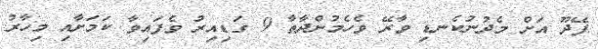
ފޭދޫ އަށް މެދުނުކެނޑި ވާރޭ ވެހެމުންދާތާ 9 ގަޑިއިރު ވެފައިވާ ކަމަށާއި މިހާރު